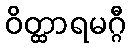
ဝိတ္ထာရမဂ္ဂီ